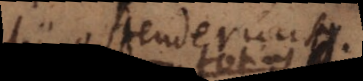
alii ostenderunt.